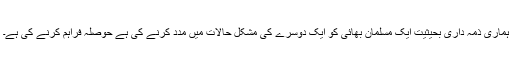
ہماری ذمہ داری بحیثیت ایک مسلمان بھائی کو ایک دوسرے کی مشکل حالات میں مدد کرنے کی ہے حوصلہ فراہم کرنے کی ہے۔